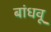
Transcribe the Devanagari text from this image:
बांधवू